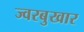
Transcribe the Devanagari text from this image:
ज्वरबुखार